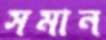
সমান